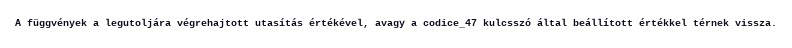
A függvények a legutoljára végrehajtott utasítás értékével, avagy a codice_47 kulcsszó által beállított értékkel térnek vissza.